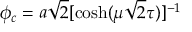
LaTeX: \phi _ { c } = a \sqrt 2 [ { \cosh ( \mu \sqrt 2 \tau ) } ] ^ { - 1 }